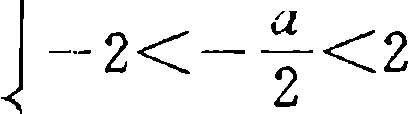
\(-2<-\frac{a}{2}<2\)